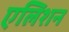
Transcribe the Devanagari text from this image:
एलिशन